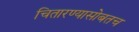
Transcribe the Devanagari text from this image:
चितारण्यासोबतच